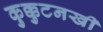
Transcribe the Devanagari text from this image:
कुक्कुटनखी